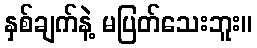
နှစ်ချက်နဲ့ မပြတ်သေးဘူး။